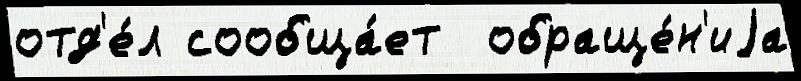
отд'е́л сообща́ет  обраще́н'иjа